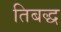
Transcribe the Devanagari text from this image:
तिबद्ध